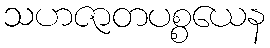
သဟဇာတပစ္စယေန